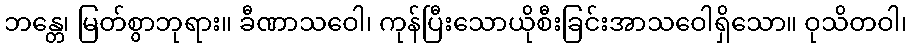
ဘန္တေ၊ မြတ်စွာဘုရား။ ခီဏာသဝေါ၊ ကုန်ပြီးသောယိုစီးခြင်းအာသဝေါရှိသော။ ဝုသိတဝါ၊